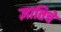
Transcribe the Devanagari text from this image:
ज्ञातिचे